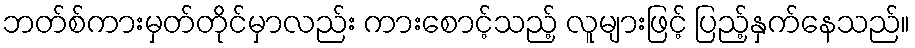
ဘတ်စ်ကားမှတ်တိုင်မှာလည်း ကားစောင့်သည့် လူများဖြင့် ပြည့်နှက်နေသည်။